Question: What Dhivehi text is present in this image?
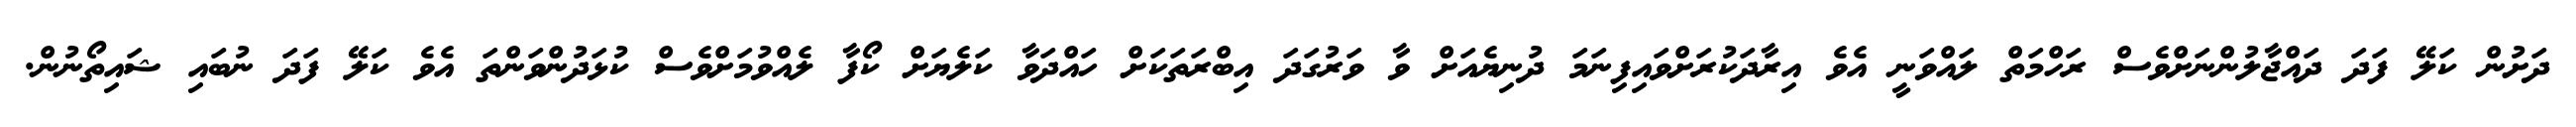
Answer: ދަށުން ކަލޭ ފަދަ ދައްޖާލުންނަށްވެސް ރަހްމަތް ލައްވަނީ އެވެ އިރާދަކުރަށްވައިފިނަމަ ދުނިޔެއަށް ވާ ވަރުގަދަ އިބްރަތަކަށް ހައްދަވާ ކަލެޔަށް ކޯފާ ލެއްވުމަށްވެސް ކުޅަދުންވަންތަ އެވެ ކަލޭ ފަދަ ނުބައި ޝައިތޯނުން.